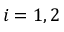
i = 1 , 2